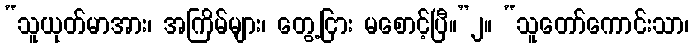
“သူယုတ်မာအား၊ အကြိမ်များ၊ တွေ့ငြား မစောင့်ပြီ။”၂။ “သူတော်ကောင်းသာ၊